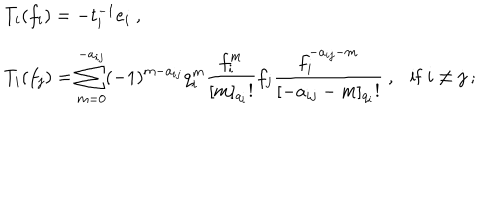
\begin{array} { r c l } { { } } & { { } } & { { T _ { i } ( f _ { i } ) = - t _ { i } ^ { - 1 } e _ { i } ~ , } } \\ { { } } & { { } } & { { T _ { i } ( f _ { j } ) = \displaystyle \sum _ { m = 0 } ^ { - a _ { i j } } ( - 1 ) ^ { m - a _ { i j } } q _ { i } ^ { m } \frac { f _ { i } ^ { m } } { [ m ] _ { q _ { i } } ! } f _ { j } \frac { f _ { i } ^ { - a _ { i j } - m } } { [ - a _ { i j } - m ] _ { q _ { i } } ! } ~ , \mathrm { i f ~ } i \not = j ~ ; } } \\ \end{array}